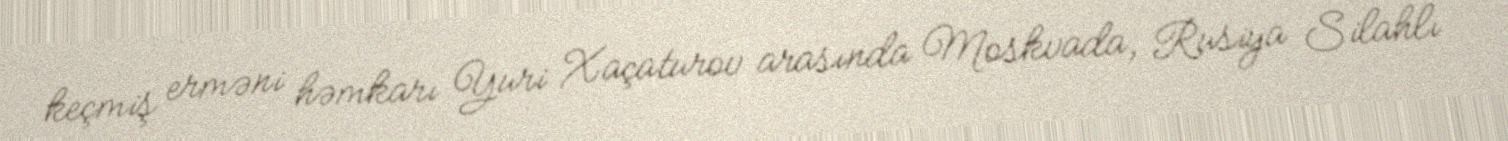
keçmiş erməni həmkarı Yuri Xaçaturov arasında Moskvada, Rusiya Silahlı